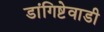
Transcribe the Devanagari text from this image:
डांगिष्टेवाडी